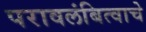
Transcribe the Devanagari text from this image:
परावलंबित्वाचे